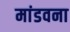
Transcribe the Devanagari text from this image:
मांडवना